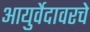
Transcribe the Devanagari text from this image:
आयुर्वेदावरचे